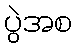
ပွဲအစ